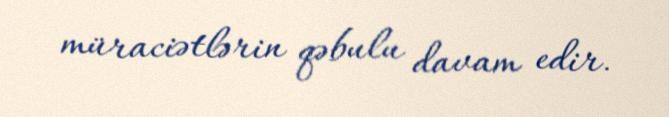
müraciətlərin qəbulu davam edir.